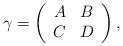
LaTeX: \begin{align*} \gamma = \left(\begin{array}{cc} A & B \\ C & D\end{array}\right), \end{align*}